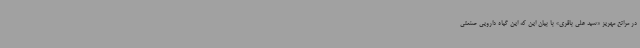
در مراتع مهریز «سید علی باقری» با بیان این که این گیاه دارویی صنعتی